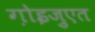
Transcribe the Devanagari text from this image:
ग़ोइज़ुएत